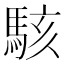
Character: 駭